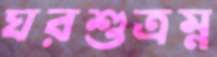
ঘরশুত্রম্ন